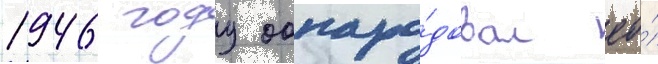
1946 году обнаро́довал ео́